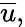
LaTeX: {\overline{{u}}},